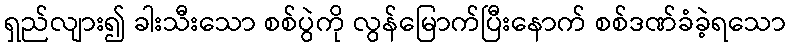
ရှည်လျား၍ ခါးသီးသော စစ်ပွဲကို လွန်မြောက်ပြီးနောက် စစ်ဒဏ်ခံခဲ့ရသော